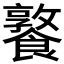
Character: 𩞤